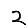
Digit: 2